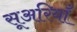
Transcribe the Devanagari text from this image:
सूअरियाँ